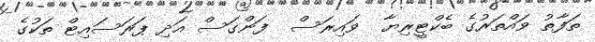
ތަފާތު ވައްތަރުގެ ބެކްޓީރިޔާ  ވައިރަސް  ފަންގަސް އަދި ޕަރަސައިޓް ތަކުގެ